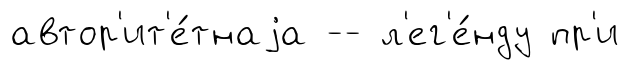
автор'ит'е́тнаjа -- л'ег'е́нду пр'и